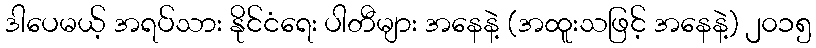
ဒါပေမယ့် အရပ်သား နိုင်ငံရေး ပါတီများ အနေနဲ့ (အထူးသဖြင့် အနေနဲ့) ၂၀၁၅